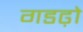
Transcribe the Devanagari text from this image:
गडढ़ो